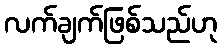
လက်ချက်ဖြစ်သည်ဟု